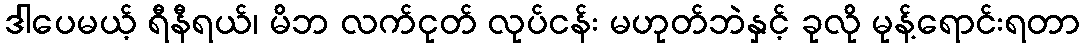
ဒါပေမယ့် ရီနီရယ်၊ မိဘ လက်ငုတ် လုပ်ငန်း မဟုတ်ဘဲနှင့် ခုလို မုန့်ရောင်းရတာ